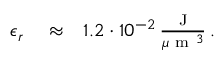
\begin{array} { r l r } { \epsilon _ { r } } & { { } \approx } & { 1 . 2 \cdot 1 0 ^ { - 2 } \, \frac { \mathrm { ~ J ~ } } { \mu \mathrm { ~ m ~ } ^ { 3 } } \, . } \end{array}